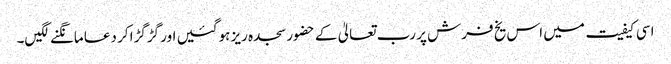
اسی کیفیت میں اس یخ فرش پر رب تعالیٰ کے حضور سجدہ ریز ہوگئیں اور گڑگڑا کر دعا مانگنے لگیں۔